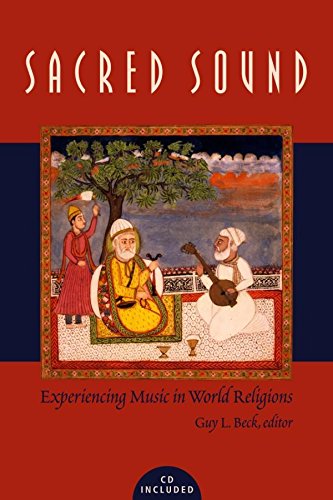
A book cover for Sacred Sound: Experiencing Music in World Religions; Religion & Spirituality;